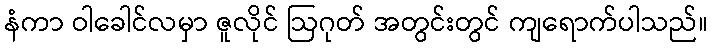
နံကာ ဝါခေါင်လမှာ ဇူလိုင် ဩဂုတ် အတွင်းတွင် ကျရောက်ပါသည်။